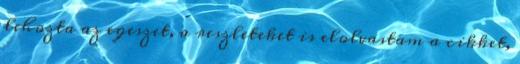
lehozta az egeszet, a reszleteket is elolvastam a cikket,